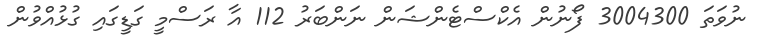
ނުވަތަ 3004300 ފޯނުން އެކްސްޓެންޝަން ނަންބަރު 112 އާ ރަސްމީ ގަޑީގައި ގުޅުއްވުން